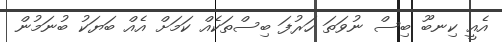
އެއީ ކިނބޫ ބިސް ނުވަތަ ހަރުފަ ބިސްތަކެއް ކަމަށް އެއް ބަޔަކު ބުނަމުން